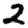
Digit: 2